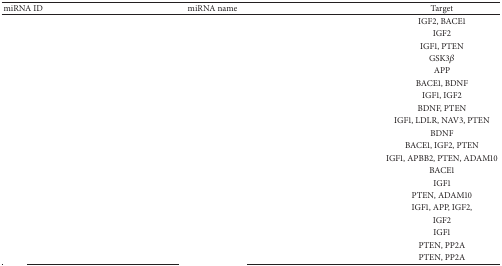
<table><thead><tr><td><b>miRNA ID</b></td><td><b>miRNA name</b></td><td><b>Target</b></td></tr></thead><tbody><tr><td>[EMPTY_CELL]</td><td>[EMPTY_CELL]</td><td>IGF2, BACE1</td></tr><tr><td>[EMPTY_CELL]</td><td>[EMPTY_CELL]</td><td>IGF2</td></tr><tr><td>[EMPTY_CELL]</td><td>[EMPTY_CELL]</td><td>IGF1, PTEN</td></tr><tr><td>[EMPTY_CELL]</td><td>[EMPTY_CELL]</td><td>GSK3<i>β</i></td></tr><tr><td>[EMPTY_CELL]</td><td>[EMPTY_CELL]</td><td>APP</td></tr><tr><td>[EMPTY_CELL]</td><td>[EMPTY_CELL]</td><td>BACE1, BDNF</td></tr><tr><td>[EMPTY_CELL]</td><td>[EMPTY_CELL]</td><td>IGF1, IGF2</td></tr><tr><td>[EMPTY_CELL]</td><td>[EMPTY_CELL]</td><td>BDNF, PTEN</td></tr><tr><td>[EMPTY_CELL]</td><td>[EMPTY_CELL]</td><td>IGF1, LDLR, NAV3, PTEN</td></tr><tr><td>[EMPTY_CELL]</td><td>[EMPTY_CELL]</td><td>BDNF</td></tr><tr><td>[EMPTY_CELL]</td><td>[EMPTY_CELL]</td><td>BACE1, IGF2, PTEN</td></tr><tr><td>[EMPTY_CELL]</td><td>[EMPTY_CELL]</td><td>IGF1, APBB2, PTEN, ADAM10</td></tr><tr><td>[EMPTY_CELL]</td><td>[EMPTY_CELL]</td><td>BACE1</td></tr><tr><td>[EMPTY_CELL]</td><td>[EMPTY_CELL]</td><td>IGF1</td></tr><tr><td>[EMPTY_CELL]</td><td>[EMPTY_CELL]</td><td>PTEN, ADAM10</td></tr><tr><td>[EMPTY_CELL]</td><td>[EMPTY_CELL]</td><td>IGF1, APP, IGF2,</td></tr><tr><td>[EMPTY_CELL]</td><td>[EMPTY_CELL]</td><td>IGF2</td></tr><tr><td>[EMPTY_CELL]</td><td>[EMPTY_CELL]</td><td>IGF1</td></tr><tr><td>[EMPTY_CELL]</td><td>[EMPTY_CELL]</td><td>PTEN, PP2A</td></tr><tr><td>[EMPTY_CELL]</td><td>[EMPTY_CELL]</td><td>PTEN, PP2A</td></tr></tbody></table>